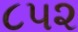
૮૫૨